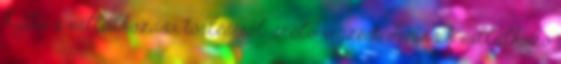
kapta a vállalkozása törléséről szóló végzést. A másik vállalkozó